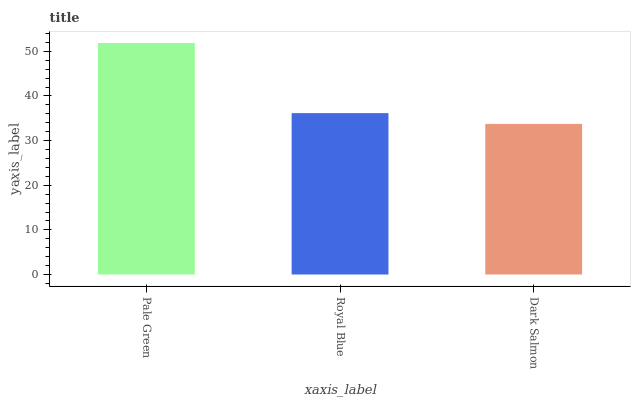
| xaxis_label | bars |
 | --- | --- |
 | Pale Green | 51.8 |
 | Royal Blue | 36.2 |
 | Dark Salmon | 33.7 |